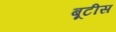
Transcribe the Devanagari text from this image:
बूटीस